NAE_ERA_R-1665_Eesti_Kunstnike_Liit, lk 9
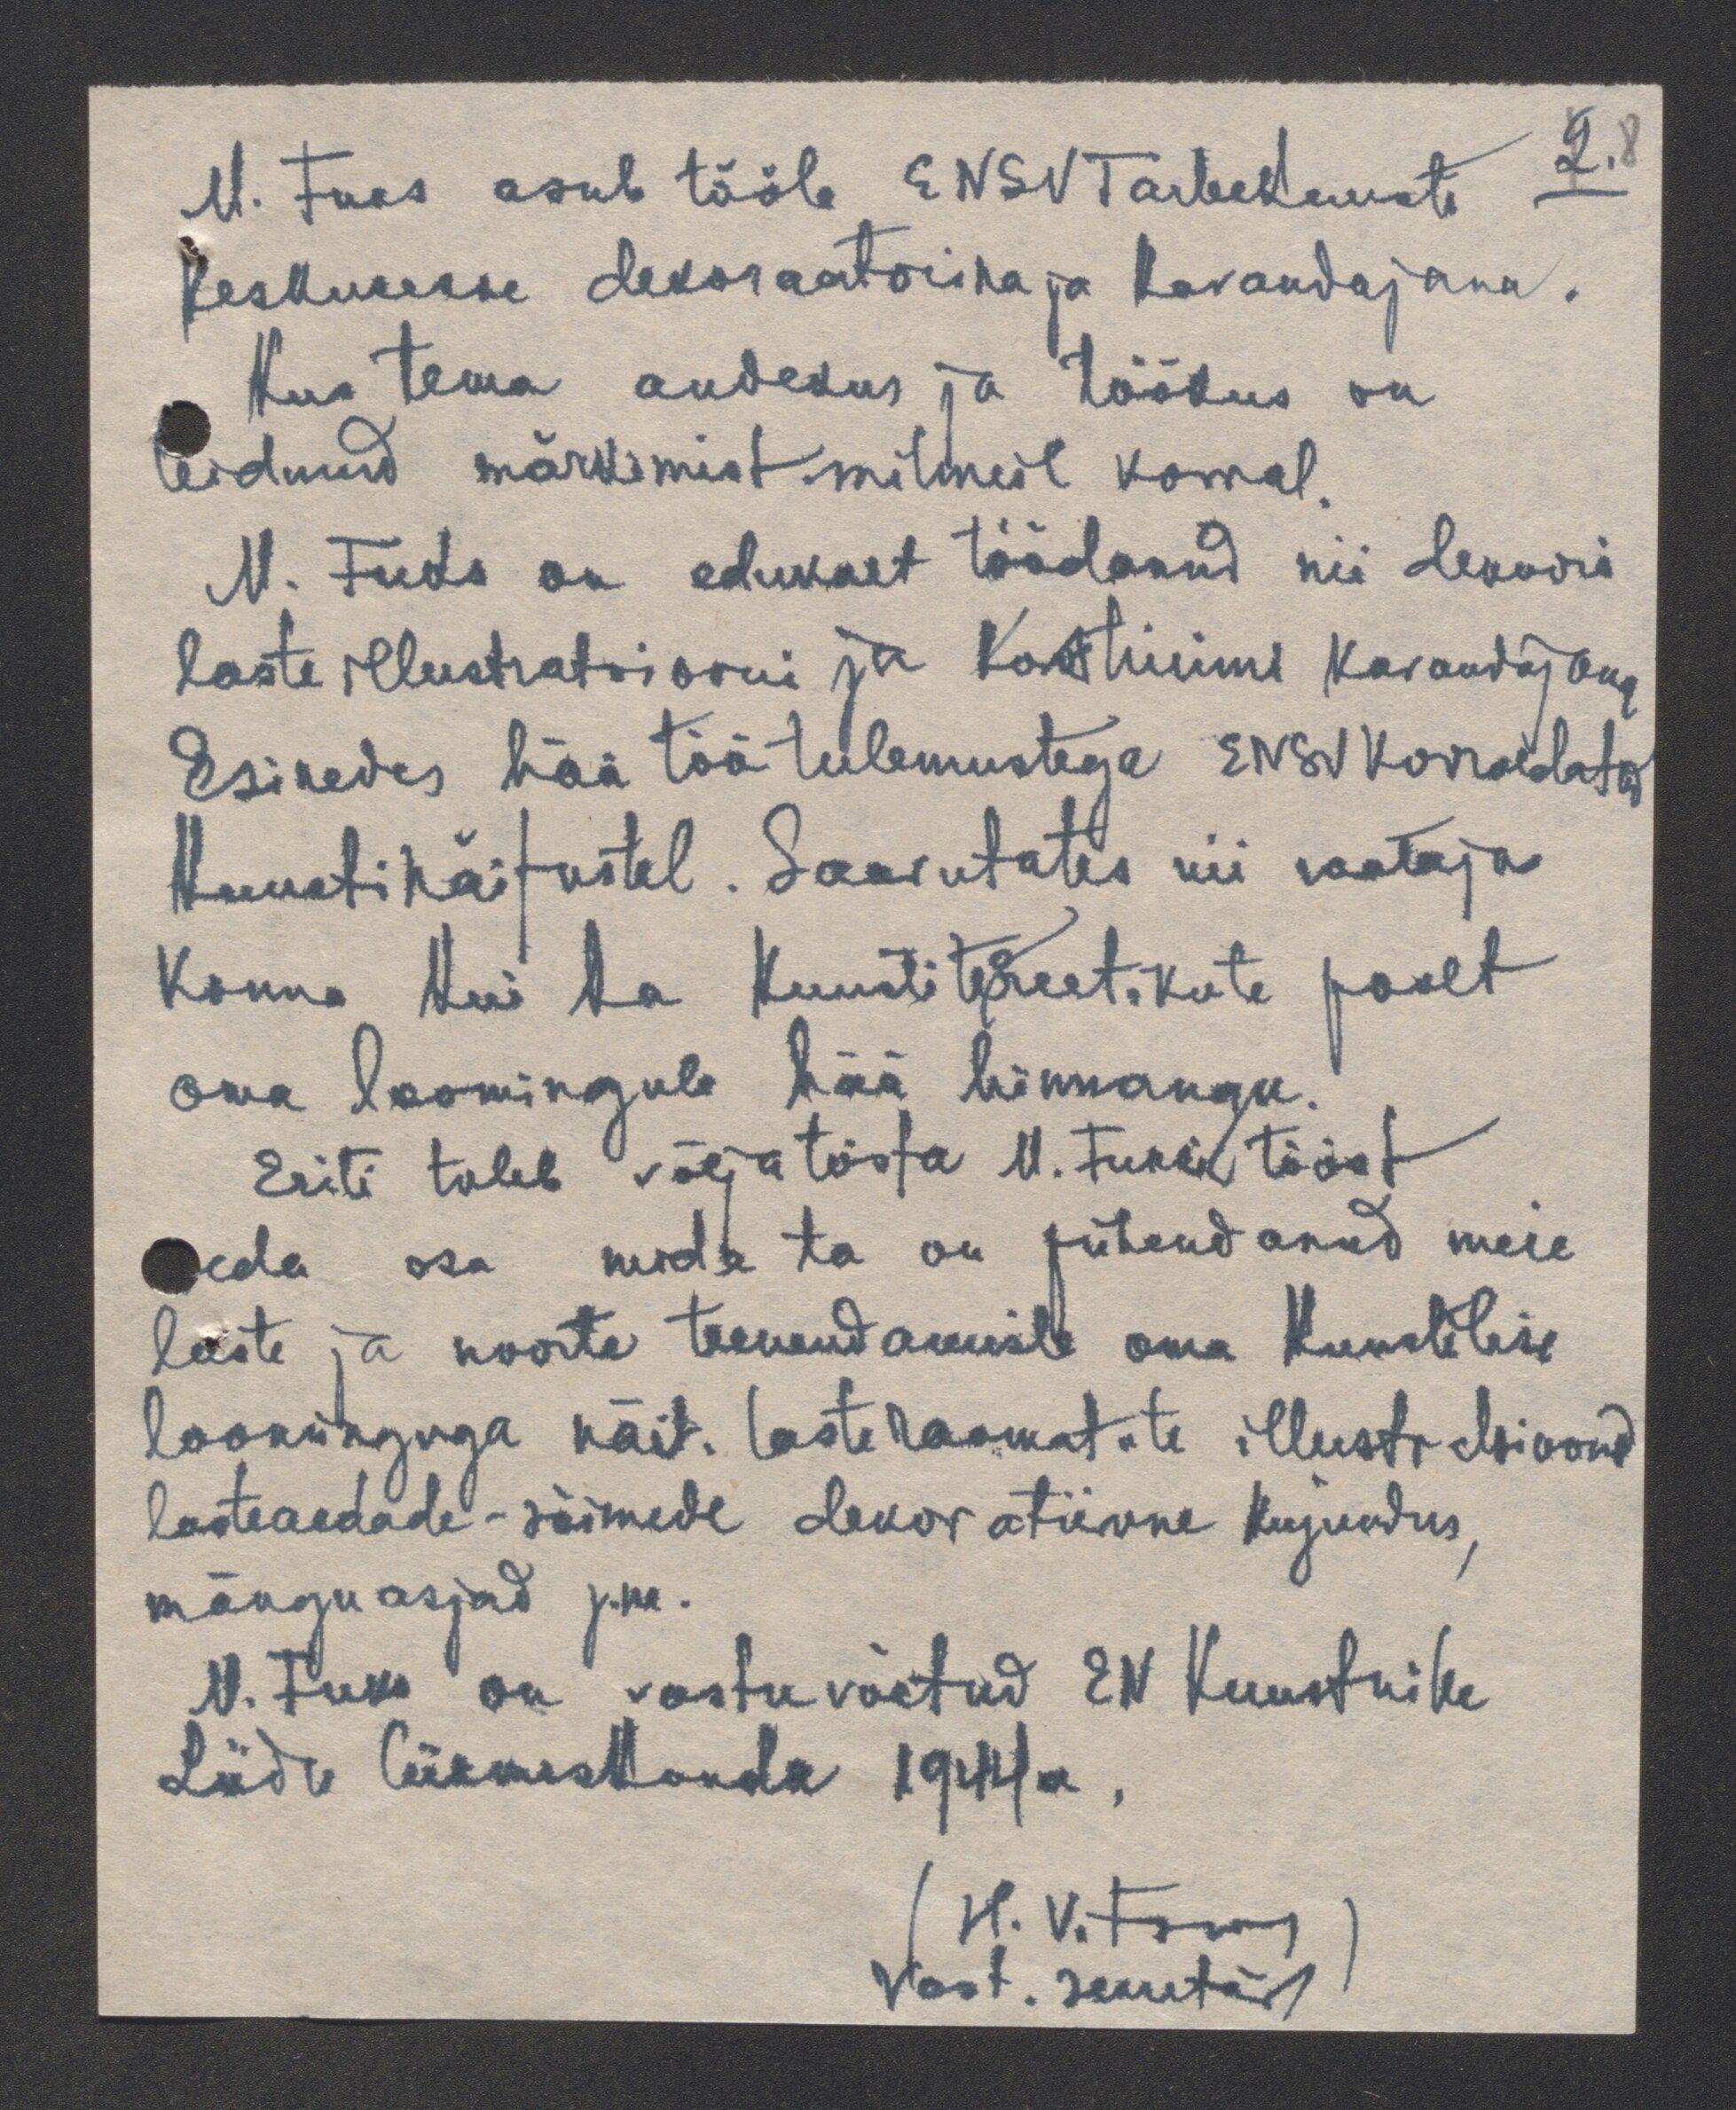
M. Fuks asub tööle ENSV Tarbekunsti
2.8
keskusesse dekoraatorina ja kavandajana.
Kus tema andekus ja töökus on
leidnud märkimist mitmeil korral.
M. Fuks on edukalt töödanud nii dekoori
laste illustratsiooni ja kostüümi kavandajana
Esinedes hää töötulemustega ENSV korraldatud
kunstinäitustel. Saavutates nii vaatajas
konna kui ka kunstiteoreetikute poolt
oma loomingule hää hinnangu.
Eriti tuleb välja tõsta M. Fuksi tööst
seda osa mida ta on pühendanud meie
laste ja noorte teenendamisle oma kunstilise
loominguga näit. lasteraamatute illustratsioonid
lasteaedade - sõimede dekoratiivne kujundus,
mänguasjad j.ne.
M. Fuks on vastuvõetud EN Kunstnike
Liidu liikmeskonda 1944a.
(H. Vitsur)
Vast. sekretär